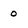
Character: 0